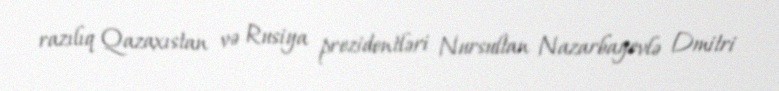
razılıq Qazaxıstan və Rusiya prezidentləri Nursultan Nazarbayevlə Dmitri